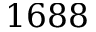
1 6 8 8